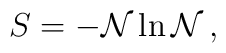
S = - {\cal N} \ln {\cal N} \,,